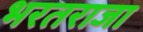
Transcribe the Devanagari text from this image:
भरतराजा